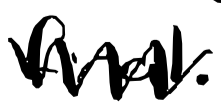
Text: final.
Cross-out: zig-zag
Writing tool: digital_black